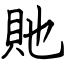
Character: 貤